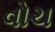
વોચ